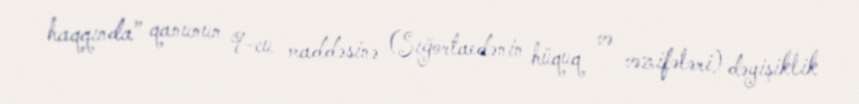
haqqında” qanunun 9-cu maddəsinə (Sığortaedənin hüquq və vəzifələri) dəyişiklik